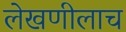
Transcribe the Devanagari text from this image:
लेखणीलाच